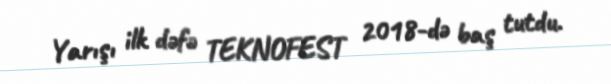
Yarışı ilk dəfə TEKNOFEST 2018-də baş tutdu.